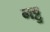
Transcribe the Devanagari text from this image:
गट्टु